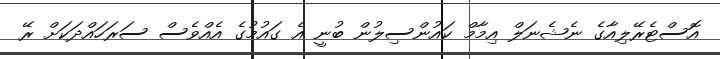
އޮސްޓެރޭލިއާގެ ނެޝެނަލް އިމާމް ކައުންސިލުން ބުނީ އެ ގައުމުގެ އެއްވެސް ސަރަހައްދަކަށް ރޭ